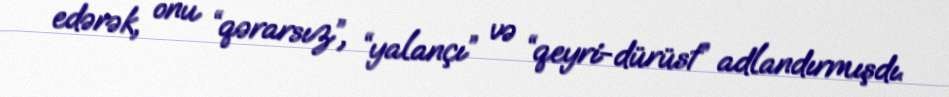
edərək, onu “qərarsız”, “yalançı” və “qeyri-dürüst” adlandırmışdı.